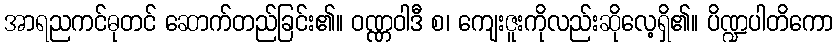
အာရညကင်ဓုတင် ဆောက်တည်ခြင်း၏။ ဝဏ္ဏဝါဒီ စ၊ ကျေးဇူးကိုလည်းဆိုလေ့ရှိ၏။ ပိဏ္ဍပါတိကော